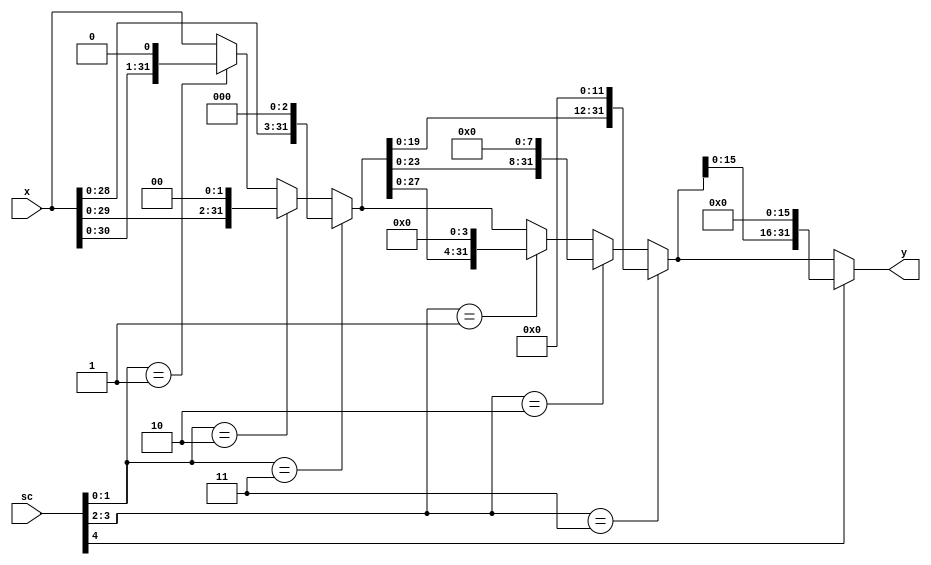
`timescale 1ns / 1ps  // NW 9.11.2016

module LeftShifter(
input [31:0] x,
input [4:0] sc,
output [31:0] y);

// shifter for LSL
wire [1:0] sc0, sc1;
wire [31:0] t1, t2;

assign sc0 = sc[1:0];
assign sc1 = sc[3:2];

assign t1 = (sc0 == 3) ? {x[28:0], 3'b0} :
    (sc0 == 2) ? {x[29:0], 2'b0} :
    (sc0 == 1) ? {x[30:0], 1'b0} : x;
assign t2 = (sc1 == 3) ? {t1[19:0], 12'b0} :
    (sc1 == 2) ? {t1[23:0], 8'b0} :
    (sc1 == 1) ? {t1[27:0], 4'b0} : t1;
assign y = sc[4] ? {t2[15:0], 16'b0} : t2;
endmodule